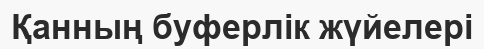
Қанның буферлік жүйелері